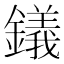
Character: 𫓔